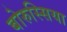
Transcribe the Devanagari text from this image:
बोरुस्सिया